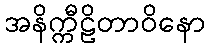
အနိက္ကီဠိတာဝိနော